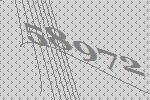
58972